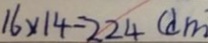
1 6 \times 1 4 - 2 2 4 ( d m